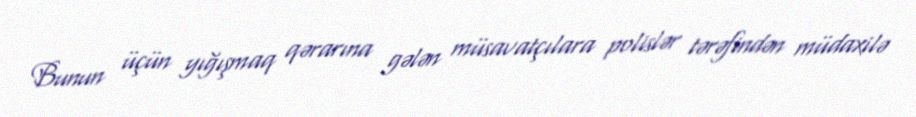
Bunun üçün yığışmaq qərarına gələn müsavatçılara polislər tərəfindən müdaxilə